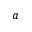
a